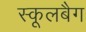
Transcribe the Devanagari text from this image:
स्कूलबैग